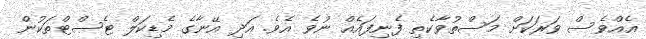
އެއްވެސް ވަރަކަށް މަސްތުވާކެތި ފެނިފައެއް ނުވެ އެވެ. އަދި އޭނާގެ މެޑިކަލް ޓެސްޓްތަކުން